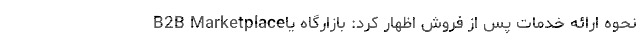
نحوه ارائه خدمات پس از فروش اظهار کرد: بازارگاه یاB2B Marketplace